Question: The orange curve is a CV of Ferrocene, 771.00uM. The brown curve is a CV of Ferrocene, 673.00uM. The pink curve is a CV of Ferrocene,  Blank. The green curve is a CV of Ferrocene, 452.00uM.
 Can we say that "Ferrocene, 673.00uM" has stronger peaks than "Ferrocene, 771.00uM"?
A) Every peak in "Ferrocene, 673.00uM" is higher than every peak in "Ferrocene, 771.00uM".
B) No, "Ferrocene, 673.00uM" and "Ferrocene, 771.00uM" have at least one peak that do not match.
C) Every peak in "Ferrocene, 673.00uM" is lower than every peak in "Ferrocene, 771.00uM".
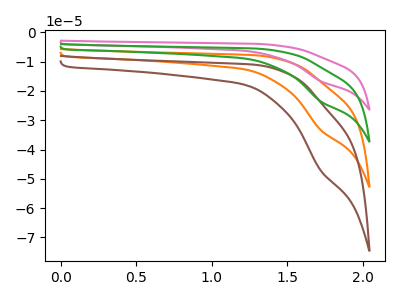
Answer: <think>The orange curve "Ferrocene, 771.00uM" has a cathodic peak at: (1.70V, -33.25uA). The brown curve "Ferrocene, 673.00uM" has a cathodic peak at: (1.70V, -47.05uA). The pink curve "Ferrocene,  Blank" has a cathodic peak at: (1.70V, -99.80uA). The green curve "Ferrocene, 452.00uM" has a cathodic peak at: (1.70V, -66.50uA).</think>
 <answer>A) Every peak in "Ferrocene, 673.00uM" is higher than every peak in "Ferrocene, 771.00uM".</answer>
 <eval>A</eval>